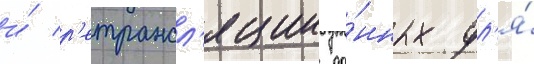
и́ р'етрансл'яции да́нных дл'я́